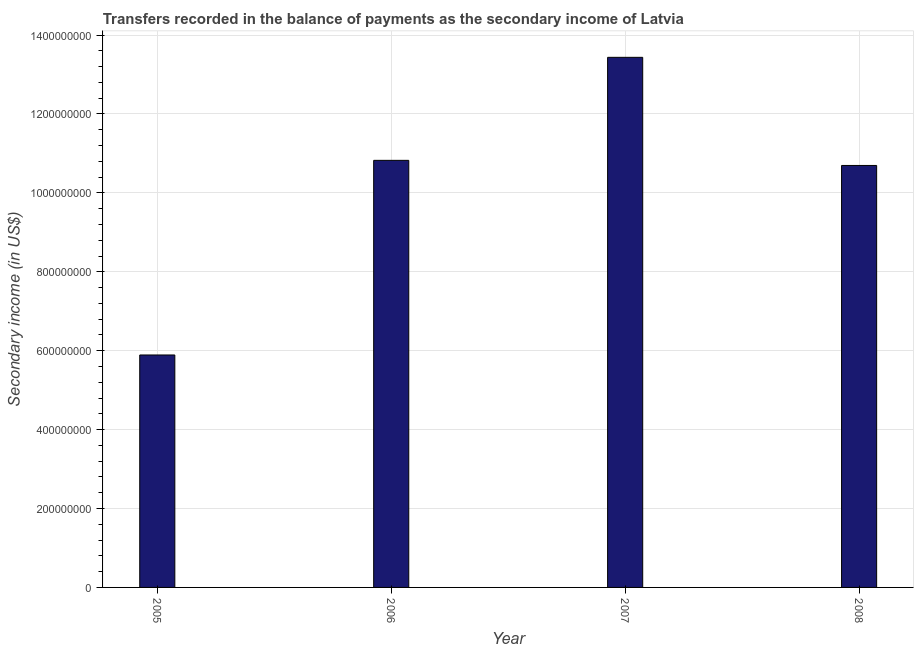
| Year | Secondary income |
 | --- | --- |
 | 2005 | 5.89e+08 |
 | 2006 | 1.08e+09 |
 | 2007 | 1.34e+09 |
 | 2008 | 1.07e+09 |